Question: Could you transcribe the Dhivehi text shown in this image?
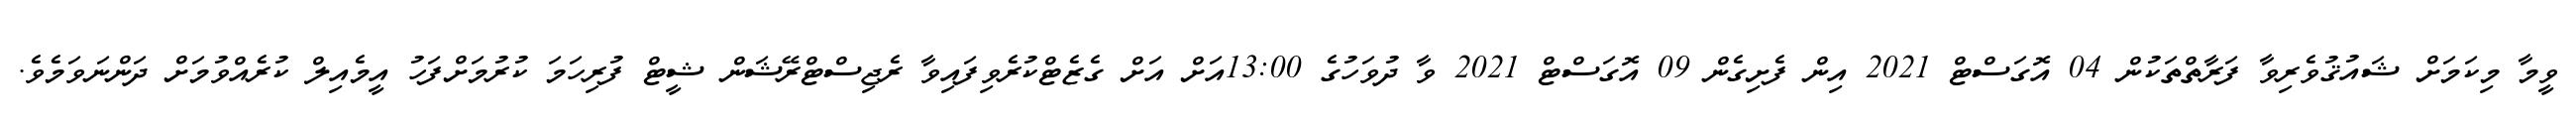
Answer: ވީމާ މިކަމަށް ޝައުޤުވެރިވާ ފަރާތްތަކުން 04 އޮގަސްޓް 2021 އިން ފެށިގެން 09 އޮގަސްޓް 2021 ވާ ދުވަހުގެ 13:00އަށް އަށް ގެޒެޓްކުރެވިފައިވާ ރެޖިސްޓްރޭޝަން ޝީޓް ފުރިހަމަ ކުރުމަށްފަހު އީމެއިލް ކުރެއްވުމަށް ދަންނަވަމެވެ.